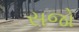
સજો